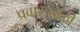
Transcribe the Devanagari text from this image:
प्रवासावेळी